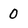
Character: 0